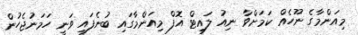
މިއަންމާގެ ނޫހެއް ކަމަށްވާ ނިއު ލައިޓް އޮފް މިއަންމާގައި ބުނެފައި ވަނީ ހަމަނުޖެހުން